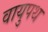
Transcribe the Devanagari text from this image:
वायुपथ